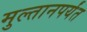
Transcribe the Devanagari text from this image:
मुल्तानपर्यंत